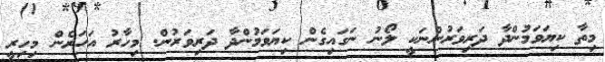
މިތާ ކިޔަވަމުންދާ ދަރިވަރުންނަކީ ލޯނު ނަގައިގެން ކިޔަވަމުންދާ ދަރިވަރުން. މިހާރު އަހަރެން މިހިރީ